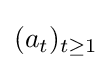
(a_{t})_{t\geq 1}